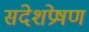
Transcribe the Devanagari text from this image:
संदेशप्रेषण